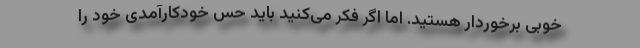
خوبی برخوردار هستید. اما اگر فکر می‌کنید باید حس خودکارآمدی خود را